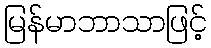
မြန်မာဘာသာဖြင့်